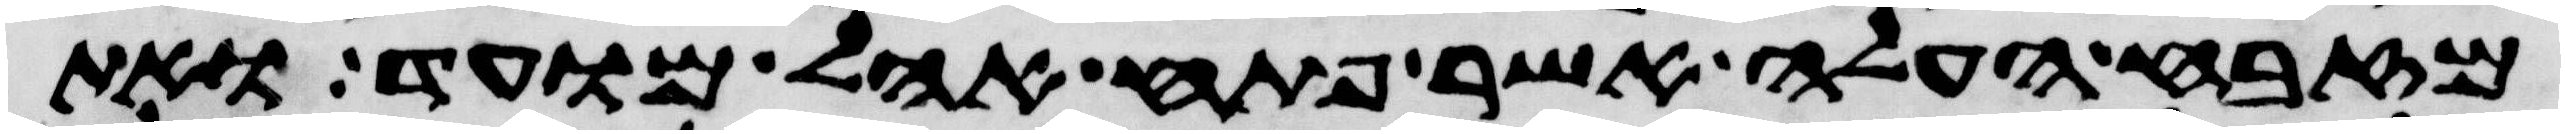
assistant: מזבח העלה אשר פתח אהל מועד ואת